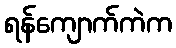
ရန်ကျောက်ကဲက